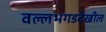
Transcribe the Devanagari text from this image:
वल्लभगडदेखील